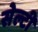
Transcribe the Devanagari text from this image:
सेल्टी